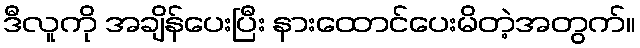
ဒီလူကို အချိန်ပေးပြီး နားထောင်ပေးမိတဲ့အတွက်။